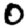
Digit: 0